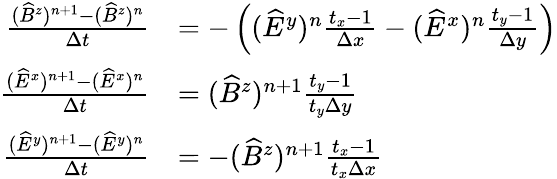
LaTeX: \begin{array}{rl}{\frac{(\widehat B^{z})^{n+1}-(\widehat B^{z})^{n}}{\Delta t}}&{=-\left((\widehat E^{y})^{n}\frac{t_{x}-1}{\Delta x}-(\widehat E^{x})^{n}\frac{t_{y}-1}{\Delta y}\right)}\\ {\frac{(\widehat E^{x})^{n+1}-(\widehat E^{x})^{n}}{\Delta t}}&{=(\widehat B^{z})^{n+1}\frac{t_{y}-1}{t_{y}\Delta y}}\\ {\frac{(\widehat E^{y})^{n+1}-(\widehat E^{y})^{n}}{\Delta t}}&{=-(\widehat B^{z})^{n+1}\frac{t_{x}-1}{t_{x}\Delta x}}\end{array}